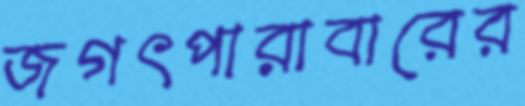
জগৎপারাবারের